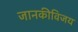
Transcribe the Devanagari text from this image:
जानकीविजय